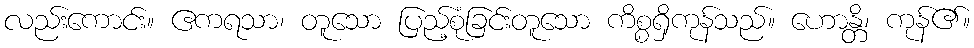
လည်းကောင်း။ ဧကရသာ၊ တူသော ပြည့်စုံခြင်းတူသော ကိစ္စရှိကုန်သည်။ ဟောန္တိ၊ ကုန်၏။